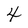
Character: 4